Leaving Certificate Examination, 1911, 1911
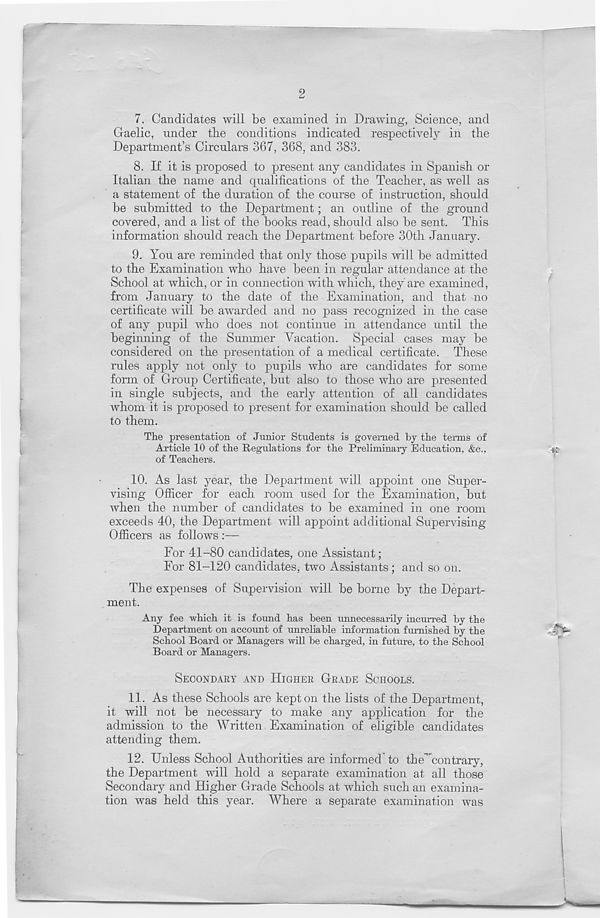
2
7. Candidates will be examined in Drawing, Science, and
Gaelic, under the conditions indicated respectively in the
Department’s Circulars 367, 368, and 383.
8. If it is proposed to present any candidates in Spanish or
Italian the name and qualifications of the Teacher, as well as
a statement of the duration of the course of instruction, should
be submitted to the Department; an outline of the ground
covered, and a list of the books read, should also be sent. This
information should reach the Department before 30th January.
9. You are reminded that only those pupils will be admitted
to the Examination who have been in regular attendance at the
School at which, or in connection with which, they are examined,
from January to the date of the Examination, and that no
certificate will be awardee I and no pass recognized in the case
of any pupil who does not continue in attendance until the
beginning of the Summer Yhcation. Special cases may be
considered on the presentation of a medical certificate. These
rules apply not only to pupils who are candidates for some
form of Group Certificate, but also to those who are presented
in single subjects, and the early attention of all candidates
whom it is proposed to present for examination should be called
to them.
The presentation of Junior Students is governed by the terms of
Article 10 of the Regulations for the Preliminary Education, &c.,
of Teachers.
10. As last year, the Department will appoint one Super-
vising Officer for each room used for the Examination, but
when the number of candidates to be examined in one room
exceeds 40, the Department will appoint additional Supervising
Officers as follows :—
For 41-80 candidates, one Assistant;
For 81-120 candidates, two Assistants; and so on.
The expenses of Supervision will be borne by the Depart-
ment.
Any fee which it is found has been unnecessarily incurred by the
Department on account of unreliable information furnished by the
School Board or Managers will be charged, in future, to the School
Board or Managers.
SECONDARY AND HIGHER GRADE SCHOOLS.
11. As these Schools are kept on the lists of the Department,
it will not be necessary to make any application for the
admission to the Written Examination of eligible candidates
attending them.
12. Unless School Authorities are informed to the" contrary,
the Department will hold a separate examination at all those
Secondary and Higher Grade Schools at which such an examina-
tion was held this year. Where a separate examination was